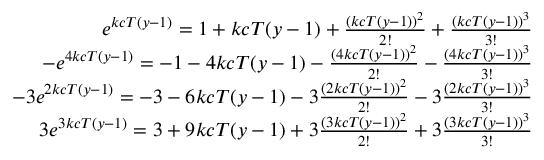
\begin{array} { r } { e ^ { k c T ( y - 1 ) } = 1 + k c T ( y - 1 ) + \frac { ( k c T ( y - 1 ) ) ^ { 2 } } { 2 ! } + \frac { ( k c T ( y - 1 ) ) ^ { 3 } } { 3 ! } } \\ { - e ^ { 4 k c T ( y - 1 ) } = - 1 - 4 k c T ( y - 1 ) - \frac { ( 4 k c T ( y - 1 ) ) ^ { 2 } } { 2 ! } - \frac { ( 4 k c T ( y - 1 ) ) ^ { 3 } } { 3 ! } } \\ { - 3 e ^ { 2 k c T ( y - 1 ) } = - 3 - 6 k c T ( y - 1 ) - 3 \frac { ( 2 k c T ( y - 1 ) ) ^ { 2 } } { 2 ! } - 3 \frac { ( 2 k c T ( y - 1 ) ) ^ { 3 } } { 3 ! } } \\ { 3 e ^ { 3 k c T ( y - 1 ) } = 3 + 9 k c T ( y - 1 ) + 3 \frac { ( 3 k c T ( y - 1 ) ) ^ { 2 } } { 2 ! } + 3 \frac { ( 3 k c T ( y - 1 ) ) ^ { 3 } } { 3 ! } } \end{array}